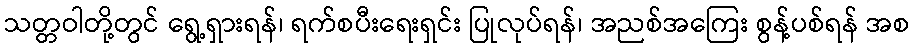
သတ္တဝါတို့တွင် ရွေ့ရှားရန်၊ ရက်စပီးရေးရှင်း ပြုလုပ်ရန်၊ အညစ်အကြေး စွန့်ပစ်ရန် အစ